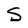
Character: S